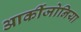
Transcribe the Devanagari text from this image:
आर्कीजोनिया